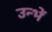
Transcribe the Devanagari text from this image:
उन्भें